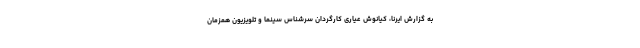
به گزارش ایرنا، کیانوش عیاری کارگردان سرشناس سینما و تلویزیون همزمان